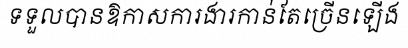
ទទួលបានឱកាសការងារកាន់តែច្រើនឡើង